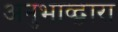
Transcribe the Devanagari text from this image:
अनुभाव्द्वारा